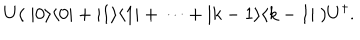
U ( \ | 0 \rangle \langle 0 | + | 1 \rangle \langle 1 | + \cdots + | k - 1 \rangle \langle k - 1 | \ ) U ^ { \dagger } .